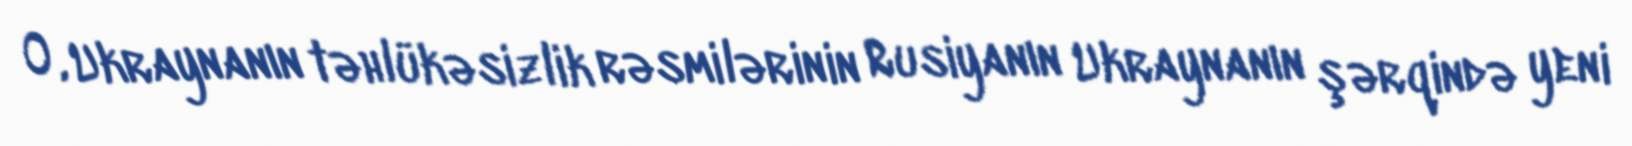
O, Ukraynanın təhlükəsizlik rəsmilərinin Rusiyanın Ukraynanın şərqində yeni